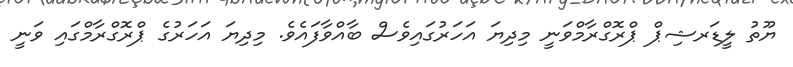
ޔޫތު ލީޑަރޝިޕް ޕްރޮގްރާމްވަނީ މިދިޔަ އަހަރުގައިވެސް ބާއްވާފައެވެ. މިދިޔަ އަހަރުގެ ޕްރޮގްރާމްގައި ވަނީ